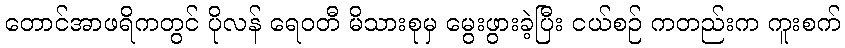
တောင်အာဖရိကတွင် ပိုလန် ရေဝတီ မိသားစုမှ မွေးဖွားခဲ့ပြီး ငယ်စဉ် ကတည်းက ကူးစက်